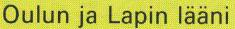
Oulun ja Lapin lääni